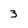
Character: 3